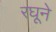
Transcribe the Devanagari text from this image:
रघूने